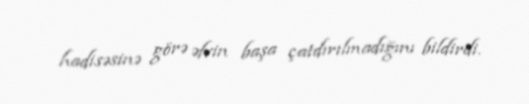
hadisəsinə görə əfvin başa çatdırılmadığını bildirdi.